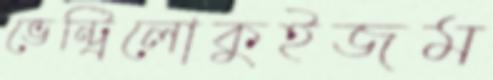
ভেন্ট্রিলোকুইজম